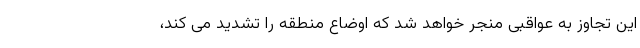
این تجاوز به عواقبی منجر خواهد شد که اوضاع منطقه را تشدید می کند،